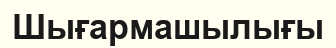
Шығaрмaшылығы